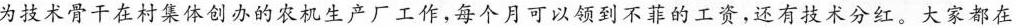
为技术骨干在村集体创办的农机生产厂工作，每个月可以领到不菲的工资，还有技术分红。大家都在